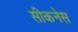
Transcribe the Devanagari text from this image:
सीकनेस